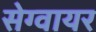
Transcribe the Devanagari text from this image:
सेग्वायर